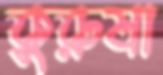
কুরুষা